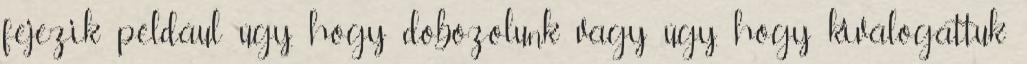
fejezik például úgy, hogy dobozolunk vagy úgy, hogy kiválogattuk